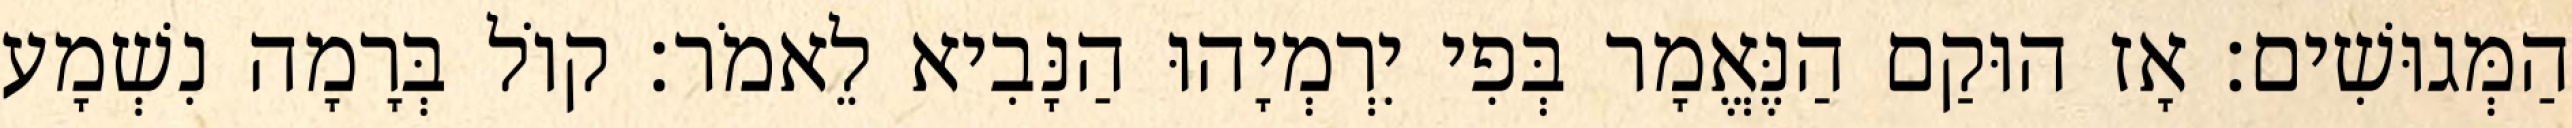
הַמְּגוּשִׁים׃ אָז הוּקַם הַנֶּאֱמָר בְּפִי יִרְמְיָהוּ הַנָּבִיא לֵאמֹר׃ קוֹל בְּרָמָה נִשְׁמָע